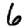
Digit: 6